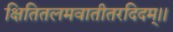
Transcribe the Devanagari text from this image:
क्षितितलमवातीतरदिदम्।।